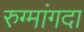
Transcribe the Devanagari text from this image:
रुग्मांगदा